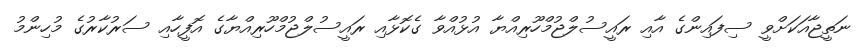
ނަތީޖާއަކަށްވީ ސިފައިންގެ އާއި ރައީސުލްޖުމްހޫރިއްޔާ އުޅުއްވާ ގެކޮޅާއި ރައީސުލްޖުމްހޫރިއްޔާގެ އޮފީހާއި ސަރުކާރުގެ މުހިންމު